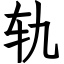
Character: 轨